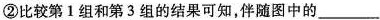
②比较第1组和第3组的结果可知，伴随图中的___